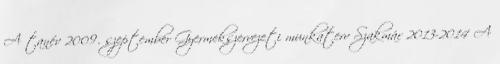
A tanév 2009. szeptember Gyermekszervezeti munkaterv Szakmár 2013-2014 A